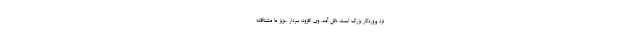
نزد پروردگار بزرگ است، نائل آمد. وی افزود: سردار عزیز ما مشتاقانه